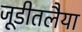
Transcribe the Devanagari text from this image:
जूडीतलैया